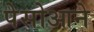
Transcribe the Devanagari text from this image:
पेसोआने